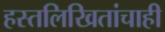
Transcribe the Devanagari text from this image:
हस्तलिखितांचाही